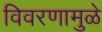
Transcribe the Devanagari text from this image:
विवरणामुळे